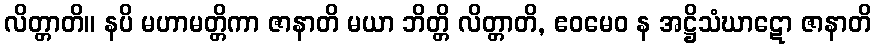
လိတ္တာတိ။ နပိ မဟာမတ္တိကာ ဇာနာတိ မယာ ဘိတ္တိ လိတ္တာတိ, ဧဝမေဝ န အဋ္ဌိသံဃာဋော ဇာနာတိ